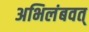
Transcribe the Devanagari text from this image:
अभिलंबवत्